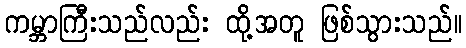
ကမ္ဘာကြီးသည်လည်း ထို့အတူ ဖြစ်သွားသည်။